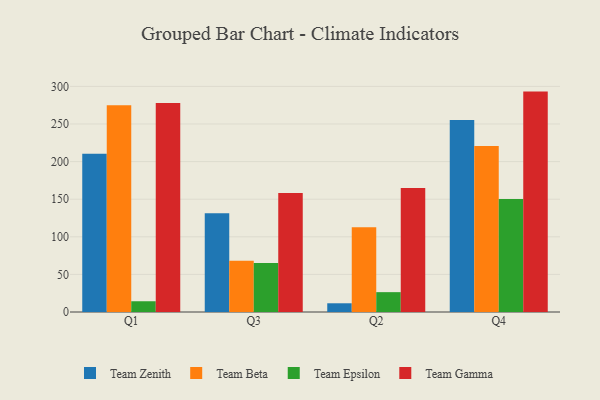
{"axis": {"x": "Quarter", "y": "Page Views"}, "legend": ["Team Beta", "Team Epsilon", "Team Gamma", "Team Zenith"], "data": [{"x": "Q1", "y": 210.6, "type": "Team Zenith"}, {"x": "Q1", "y": 275.1, "type": "Team Beta"}, {"x": "Q1", "y": 14.3, "type": "Team Epsilon"}, {"x": "Q1", "y": 278.1, "type": "Team Gamma"}, {"x": "Q3", "y": 131.2, "type": "Team Zenith"}, {"x": "Q3", "y": 68.3, "type": "Team Beta"}, {"x": "Q3", "y": 65.3, "type": "Team Epsilon"}, {"x": "Q3", "y": 158.2, "type": "Team Gamma"}, {"x": "Q2", "y": 11.6, "type": "Team Zenith"}, {"x": "Q2", "y": 112.7, "type": "Team Beta"}, {"x": "Q2", "y": 26.4, "type": "Team Epsilon"}, {"x": "Q2", "y": 165.0, "type": "Team Gamma"}, {"x": "Q4", "y": 255.4, "type": "Team Zenith"}, {"x": "Q4", "y": 220.7, "type": "Team Beta"}, {"x": "Q4", "y": 150.3, "type": "Team Epsilon"}, {"x": "Q4", "y": 293.1, "type": "Team Gamma"}]}